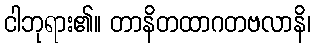
ငါဘုရား၏။ တာနိတထာဂတဗလာနိ၊